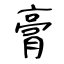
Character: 膏